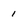
Character: 1